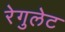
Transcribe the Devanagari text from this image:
रेगुलेट